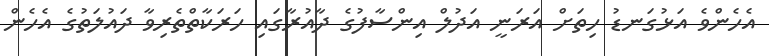
އެހެންވެ އަޅުގަނޑު ހިތަށް އަރަނީ އަދުލް އިންސާފުގެ ދާއުރާގައި ހަރަކާތްތެރިވާ ދައުލަތުގެ އެހެން